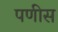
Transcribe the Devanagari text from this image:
पणीस